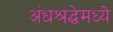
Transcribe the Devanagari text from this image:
अंधश्रद्धेमध्ये